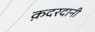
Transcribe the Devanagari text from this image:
क़दरदानी